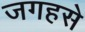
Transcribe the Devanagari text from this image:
जगहसे